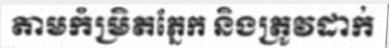
តាមកំម្រិតភ្នែក និងត្រូវដាក់